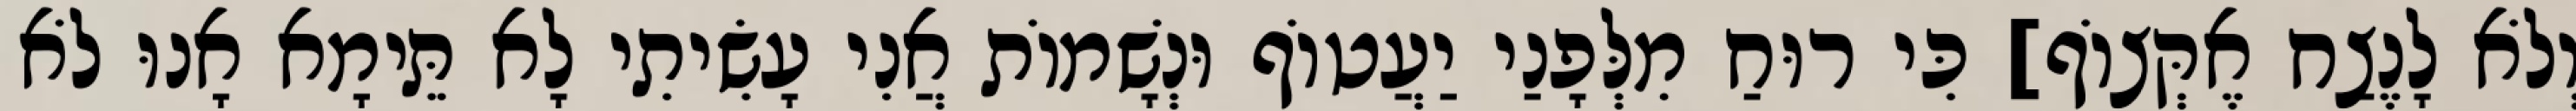
וְלֹא לָנֶצַח אֶקְּצוֹף] כִּי רוּחַ מִלְּפָנַי יַעֲטוֹף וּנְשָׁמוֹת אֲנִי עָשִׂיתִי לָא תֵּימָא אָנוּ לֹא